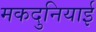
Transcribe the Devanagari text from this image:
मकदुनियाई